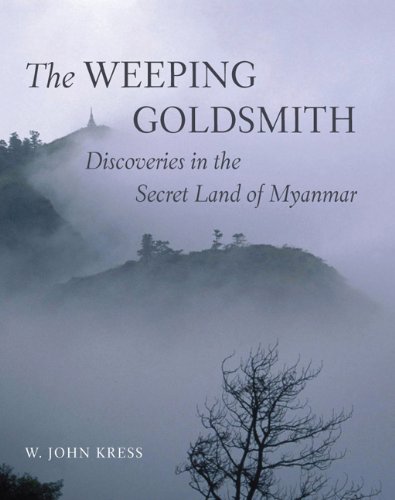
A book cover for The Weeping Goldsmith: Discoveries in the Secret Land of Myanmar; W. John Kress; Travel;